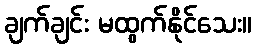
ချက်ချင်း မထွက်နိုင်သေး။